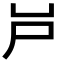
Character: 𡰮